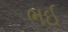
ભઈ